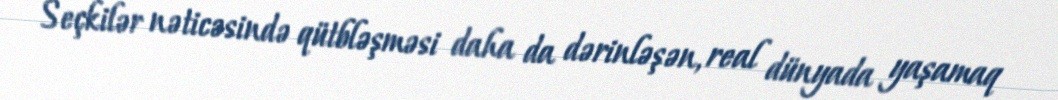
Seçkilər nəticəsində qütbləşməsi daha da dərinləşən, real dünyada yaşamaq